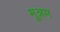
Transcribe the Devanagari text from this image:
मून्नम